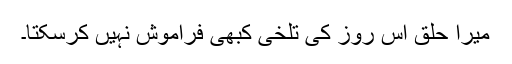
میرا حلق اس روز کی تلخی کبھی فراموش نہیں کرسکتا۔